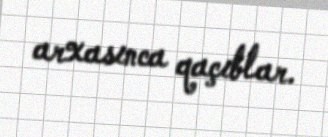
arxasınca qaçıblar.